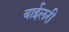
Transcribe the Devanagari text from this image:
बाईलरी